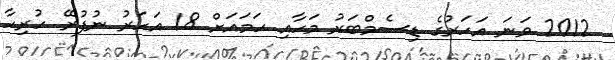
2012 ވަނަ އަހަރުގެ ޑިސެމްބަރު މަހާއި ހަމައަށް 18 އަހަރު ނުފުރޭ ހުރިހާ